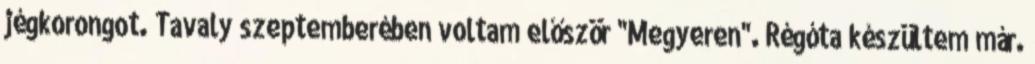
jégkorongot. Tavaly szeptemberében voltam először "Megyeren". Régóta készültem már.